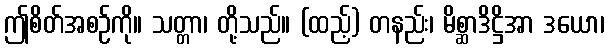
ဤစိတ်အစဉ်ကို။ သတ္တာ၊ တို့သည်။ (ထည့်) တနည်း၊ မိစ္ဆာဒိဋ္ဌိအာ ဒယော၊